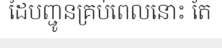
ដៃបញ្ជូនគ្រប់ពេលនោះ តែ